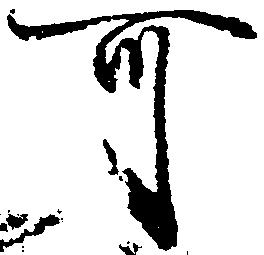
可